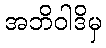
အဘိဝါဒိမှ